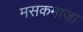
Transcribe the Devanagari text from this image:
मसकमाजा